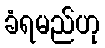
ခံရမည်ဟု